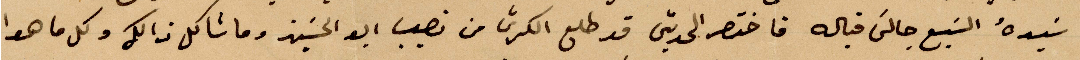
سيده السبع حالى قباله فاختصر الحدين قد طلع الكرّى من نصيب أبو الحسين وما شاكل ذالك وكل ما هو